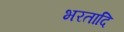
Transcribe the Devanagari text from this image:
भरतादि